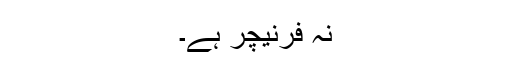
نہ فرنیچر ہے۔